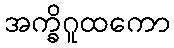
အက္ခိဂူထကော